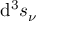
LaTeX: \mathrm { d } ^ { 3 } s _ { \nu }